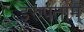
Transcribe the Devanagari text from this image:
इरुपताम्